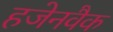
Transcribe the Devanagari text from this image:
हजेनवैक